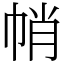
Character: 帩